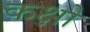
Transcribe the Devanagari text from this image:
कक्षो